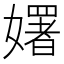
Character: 𡣈